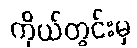
ကိုယ်တွင်းမှ